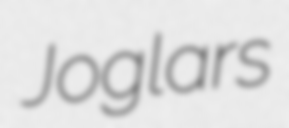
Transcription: Joglars